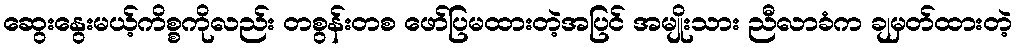
ဆွေးနွေးမယ့်ကိစ္စကိုလည်း တစွန်းတစ ဖော်ပြမထားတဲ့အပြင် အမျိုးသား ညီလာခံက ချမှတ်ထားတဲ့